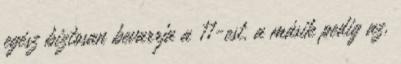
egész biztosan bevarrja a 11-est, a másik pedig az,